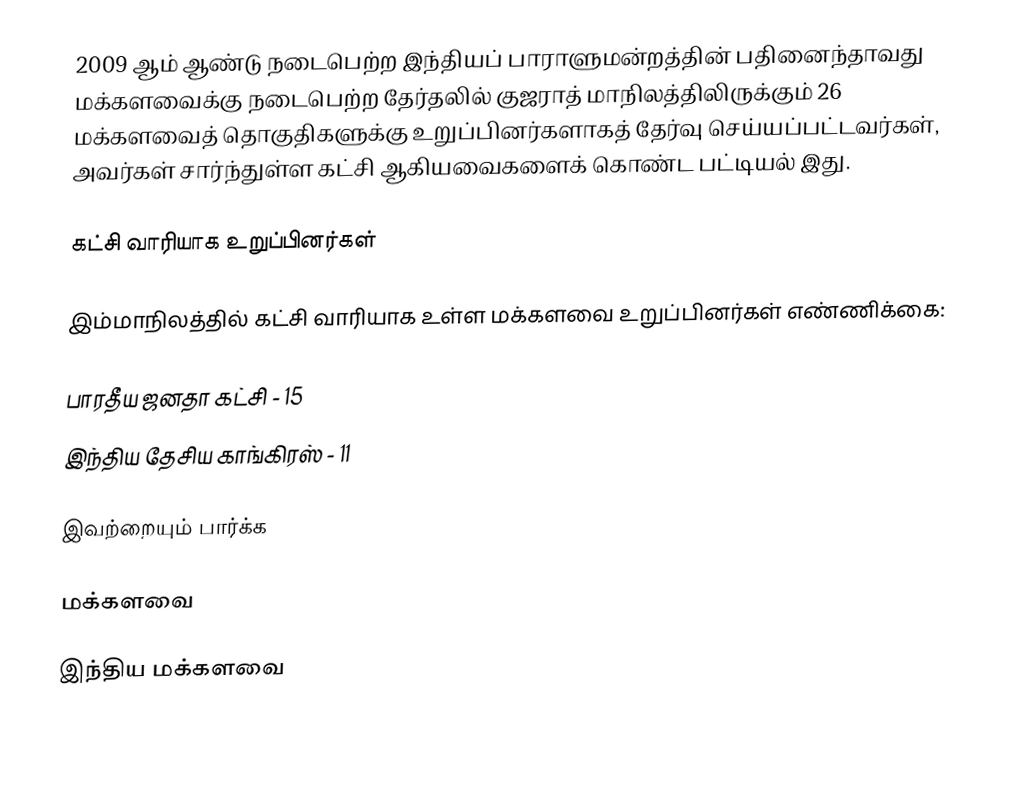
2009 ஆம் ஆண்டு நடைபெற்ற இந்தியப் பாராளுமன்றத்தின் பதினைந்தாவது மக்களவைக்கு நடைபெற்ற தேர்தலில் குஜராத் மாநிலத்திலிருக்கும் 26 மக்களவைத் தொகுதிகளுக்கு உறுப்பினர்களாகத் தேர்வு செய்யப்பட்டவர்கள், அவர்கள் சார்ந்துள்ள கட்சி ஆகியவைகளைக் கொண்ட பட்டியல் இது.

கட்சி வாரியாக உறுப்பினர்கள்

இம்மாநிலத்தில் கட்சி வாரியாக உள்ள மக்களவை உறுப்பினர்கள் எண்ணிக்கை:

பாரதீய ஜனதா கட்சி - 15
இந்திய தேசிய காங்கிரஸ் - 11

இவற்றையும் பார்க்க

 மக்களவை

இந்திய மக்களவை